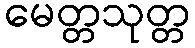
မေတ္တသုတ္တ